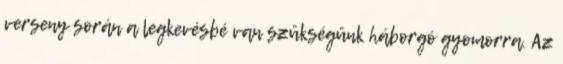
verseny során a legkevésbé van szükségünk háborgó gyomorra. Az